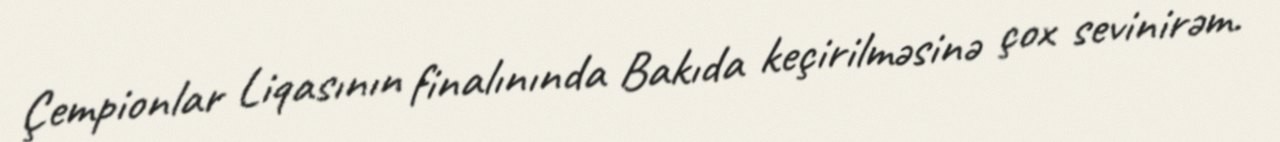
Çempionlar Liqasının finalınında Bakıda keçirilməsinə çox sevinirəm.